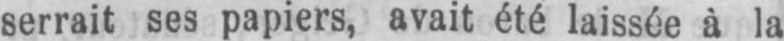
serrait ses papiers, avait été laissée à la